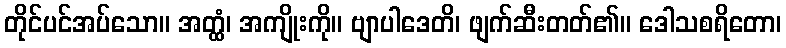
တိုင်ပင်အပ်သော။ အတ္ထံ၊ အကျိုးကို။ ဗျာပါဒေတိ၊ ဖျက်ဆီးတတ်၏။ ဒေါသစရိတော၊